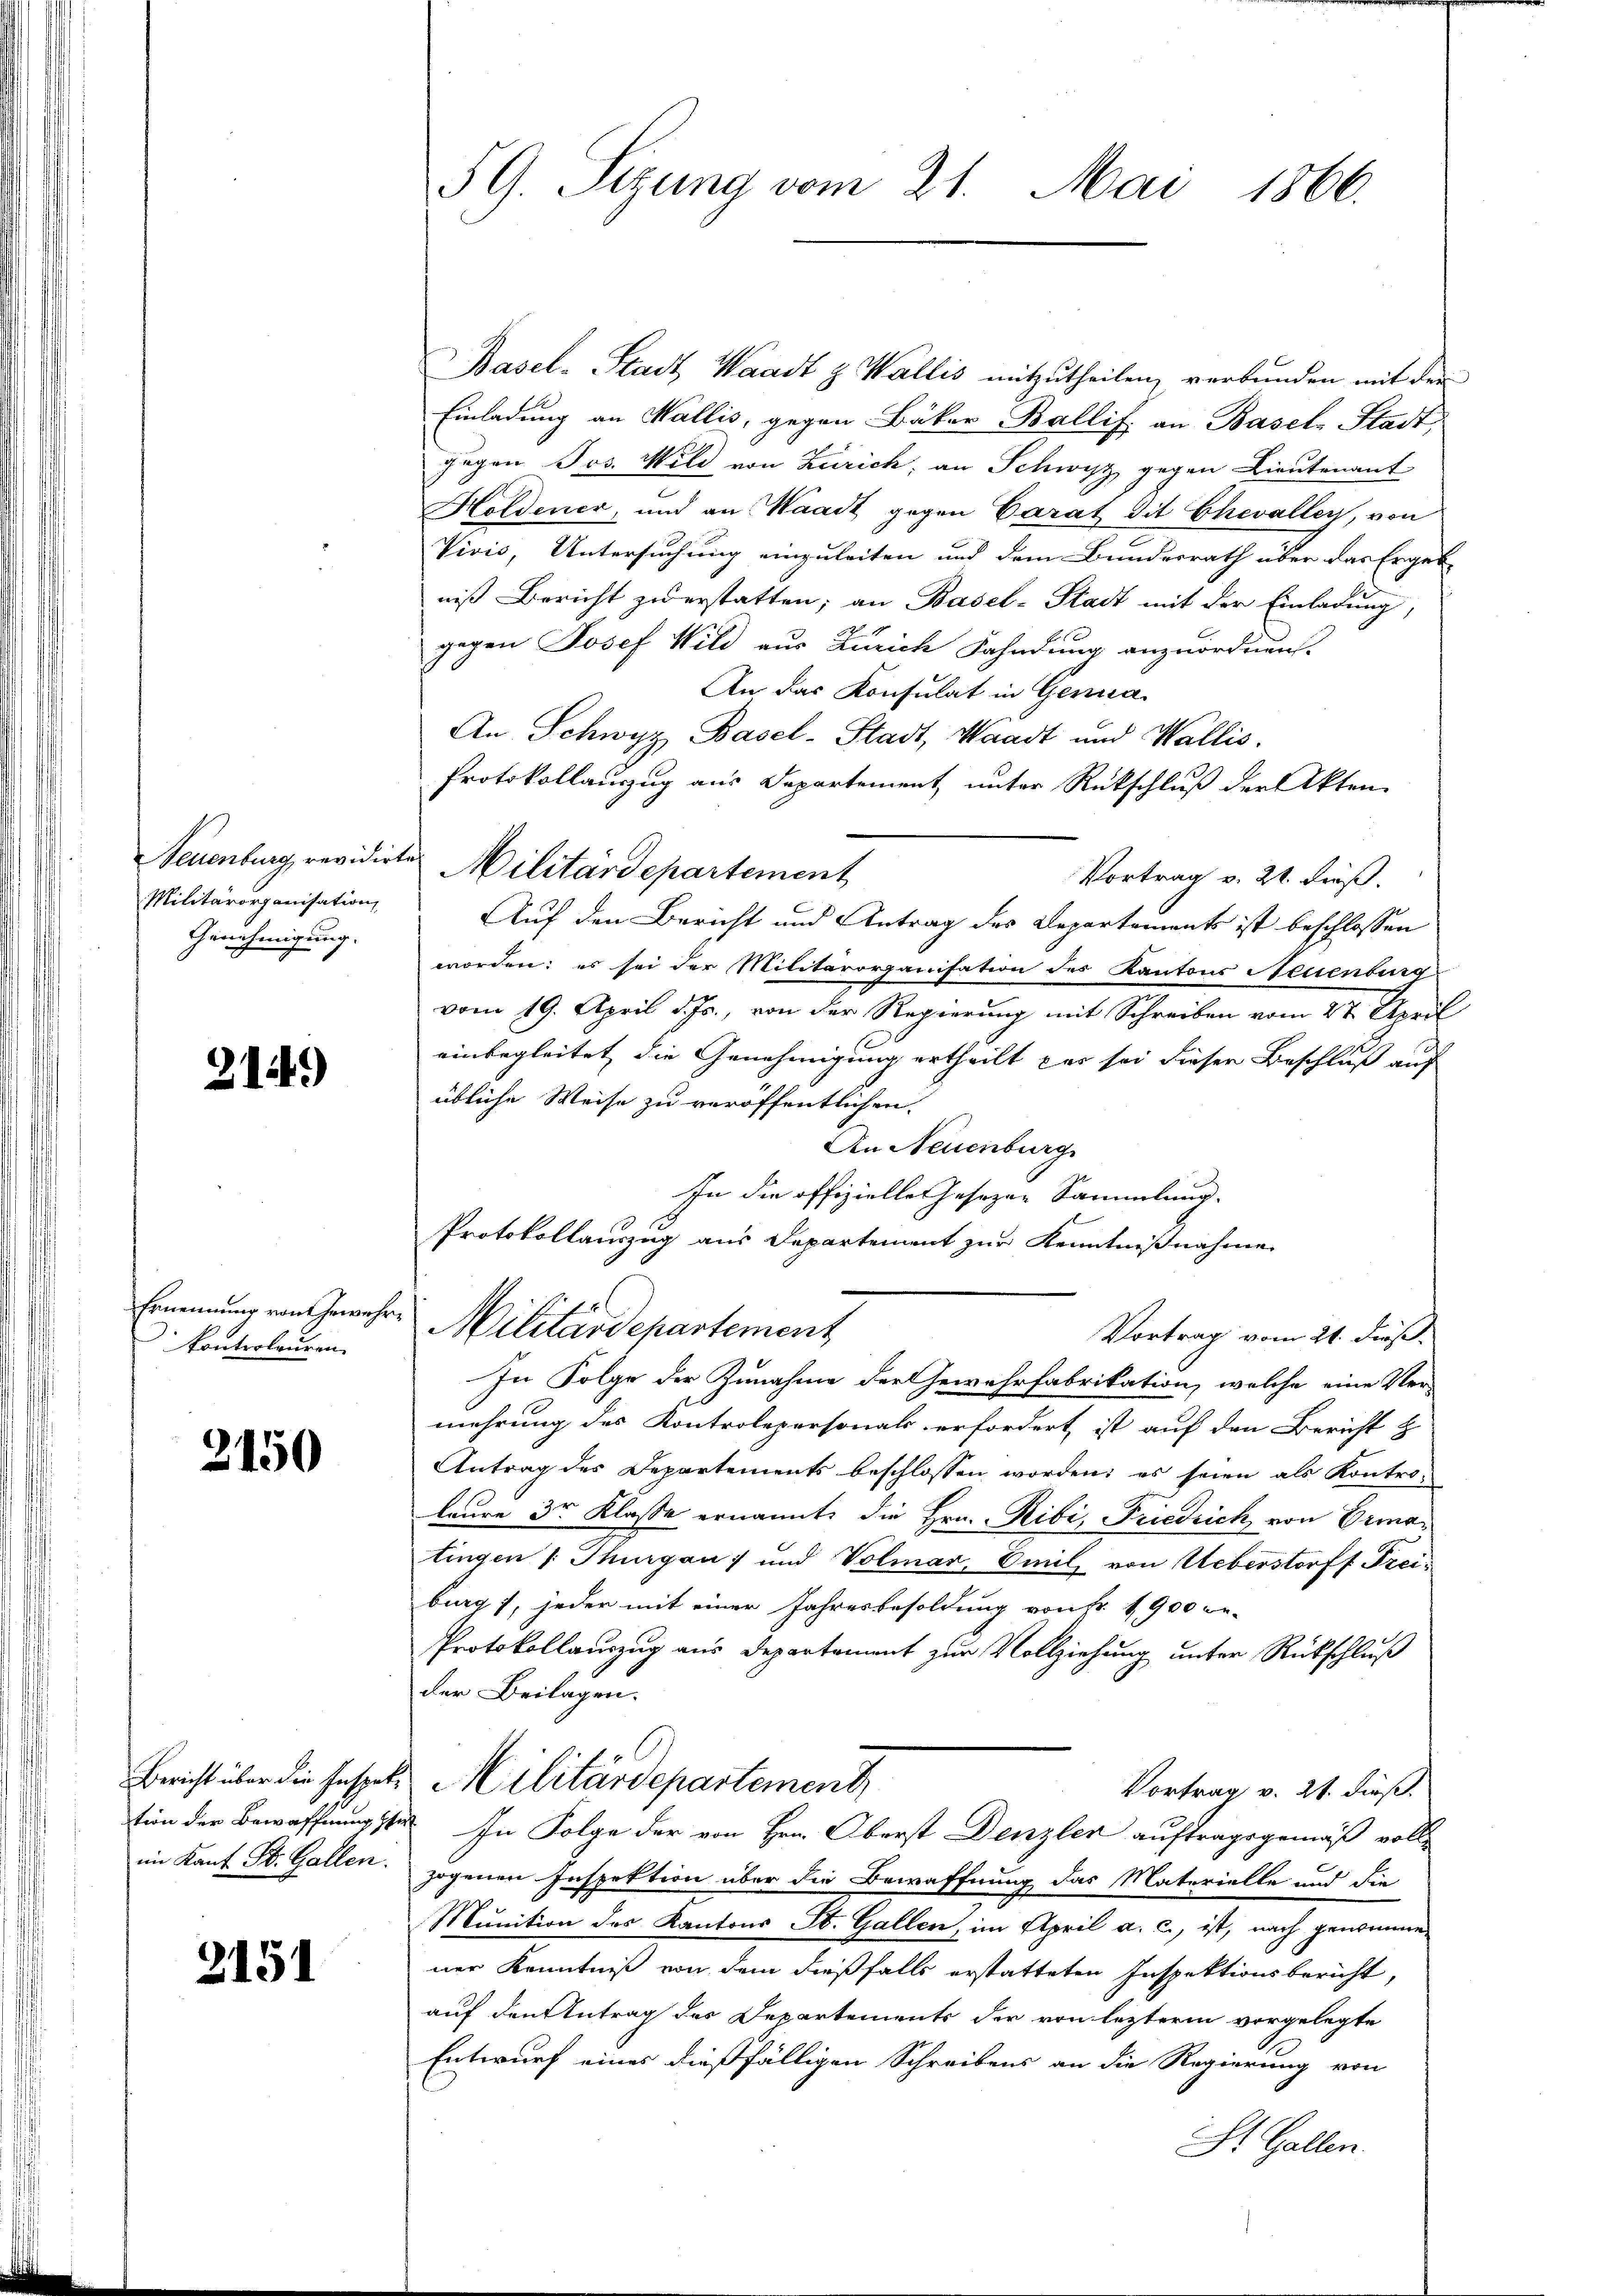
Militärorganisation
Genehmigung.

214)

Ernennung von Gewehr.
kontrolauren.

2150

im Kant. St. Gallen.

2151

SG. Sitzung vom 21. Mai 1866.

Basel-Stadt, Waadt z. Wallis mitzutheilen, verbunden mit der
Einladung an Wallis, gegen Bäker Ballif an Basel-Stadt,
gegen Jos. Wild von Zürich; an Schwyz gegen Lieutenant
Holdener, und an Waadt gegen Carat dit Chevalley, von
Vivis, Untersuchung einzuleiten und dem Bundesrath über das Ergeb
niß Bericht zu erstatten; an Basel-Stadt mit der Einladung,
gegen Josef Wild aus Zürich Fahndung anzuordnen.
An das Konsulat in Genua
An Schwyz Basel-Stadt, Waadt und Wallis.
Protokollanzzug aus Departement unter Rückschluß der Akten
Neuenburg, revidirte Militärdepartement
Vortrag v. 21. Freß.
Auf den Bericht und Antrag des Departements ist beschlossen
worden; es sei der Militärorganisation des Kantons Neuenburg
vom 19. April d. Js., von der Regierung mit Schreiben vom 27. April
einbegleitet, die Genehmigung ertheilt par sei dieser Beschluß auf
übliche Weise zu veröffentlichen
An Neuenburg
In die offizielles Jesezen Sammlung.
Protokollauszug aus Departement zur Kenntnißnahme
 Militärdepartement
Vortrag vom 21. dieß.
In Folge der Zunahme der Gewehrfabrikation, welche eine Ver-
mehrung des Kontrolepersonals erfordert ist auf den Bericht z
Antrag des Departements beschlossen worden; es seien als Kontro-
laure 3r Klasse ernannt, die Hrn. Ribi, Friedrich von Gematingen /: Thurgau) und Volmar, Emilz von Ueberstorff Freiburg), jeder mit einer Jahresbesoldung von Fr. 1900 be-
Protokollauszug aus Departement zur Vollziehung unter Rückschluß
der Beilagen.
Bericht über die Gespal Militärdepartement
Vortrag v. 21. dieß.
tion der Bewaffnung ster. In Folge der von Hrn. Oberst Denzler auftragsgemäß vollzogenen Inspektion über die Bewaffnung das Materielle und die
Munition des Kantons St. Gallen, im April a. c., ist, nach genomme
ner Kenntniß von dem dießfalls erstatteten Inspektionsbericht,
auf den Antrag des Departements der von lezterm vorgelegte
Entwurf eines dießfälligen Schreibens an die Regierung von
St. Gallen.